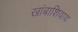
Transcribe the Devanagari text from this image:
खांबाशिवाय